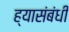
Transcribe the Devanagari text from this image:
ह्यासंबंधी